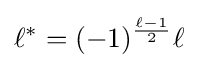
\ell ^{*}=(-1)^{\frac {\ell -1}{2}}\ell